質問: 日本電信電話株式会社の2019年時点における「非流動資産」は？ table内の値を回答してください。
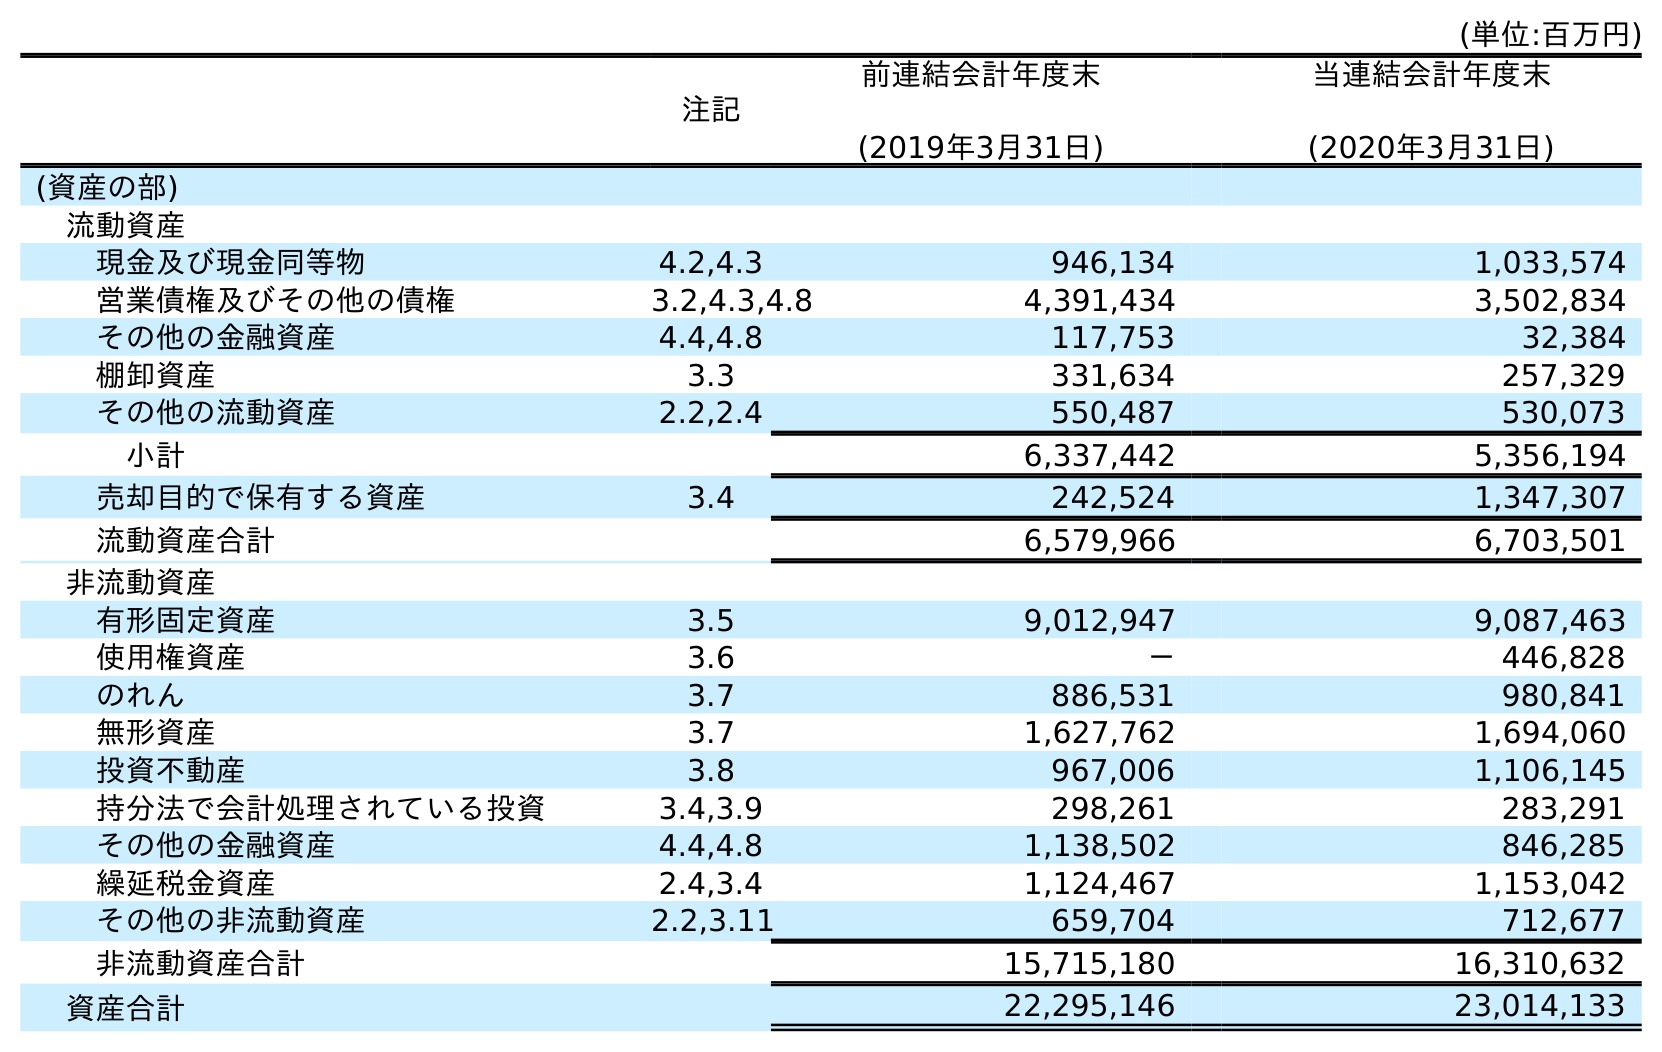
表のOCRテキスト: (単位:百万円) 注記 前連結会計年度末 (2019年3月31日) 当連結会計年度末 (2020年3月31日) (資産の部) 流動資産 現金及び現金同等物 4.2,4.3 946,134 1,033,574 営業債権及びその他の債権 3.2,4.3,4.8 4,391,434 3,502,834 その他の金融資産 4.4,4.8 117,753 32,384 棚卸資産 3.3 331,634 257,329 その他の流動資産 2.2,2.4 550,487 530,073 小計 6,337,442 5,356,194 売却目的で保有する資産 3.4 242,524 1,347,307 流動資産合計 6,579,966 6,703,501 非流動資産 有形固定資産 3.5 9,012,947 9,087,463 使用権資産 3.6 － 446,828 のれん 3.7 886,531 980,841 無形資産 3.7 1,627,762 1,694,060 投資不動産 3.8 967,006 1,106,145 持分法で会計処理されている投資 3.4,3.9 298,261 283,291 その他の金融資産 4.4,4.8 1,138,502 846,285 繰延税金資産 2.4,3.4 1,124,467 1,153,042 その他の非流動資産 2.2,3.11 659,704 712,677 非流動資産合計 15,715,180 16,310,632 資産合計 22,295,146 23,014,133
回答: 15,715,180